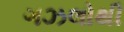
ગઝલોથી